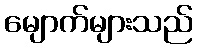
မျောက်များသည်